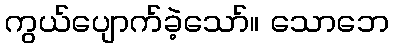
ကွယ်ပျောက်ခဲ့သော်။ သောဘေ